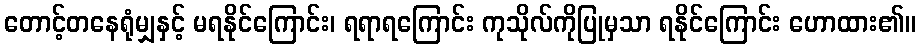
တောင့်တနေရုံမျှနှင့် မရနိုင်ကြောင်း၊ ရရာရကြောင်း ကုသိုလ်ကိုပြုမှသာ ရနိုင်ကြောင်း ဟောထား၏။